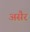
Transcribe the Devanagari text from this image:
असैर